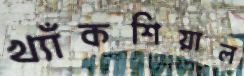
খ্যাঁকশিয়াল